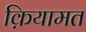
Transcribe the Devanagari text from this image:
क़ियामत